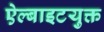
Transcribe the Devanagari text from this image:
ऐल्बाइटयुक्त